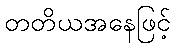
တတိယအနေဖြင့်